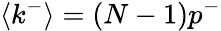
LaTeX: \langle k^{-}\rangle=(N-1)p^{-}